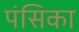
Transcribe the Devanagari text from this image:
पंसिका